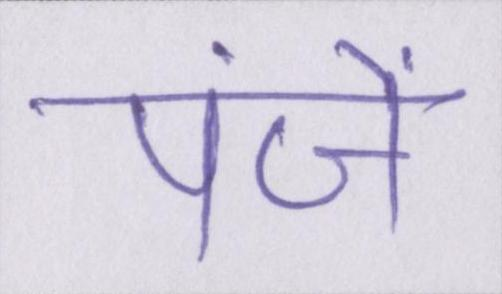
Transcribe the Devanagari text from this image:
पंजें